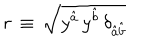
LaTeX: r \, \equiv \, \sqrt { y ^ { \hat { a } } \, y ^ { \hat { b } } \, \delta _ { { \hat { a } } { \hat { b } } } }